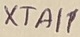
Text: XTAI1